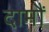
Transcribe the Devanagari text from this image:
दामौं